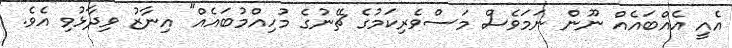
އެއީ އެއްބައެއް ނޫން ނަމަވެސް މަސްވެރިކަމުގެ ޗޭނުގެ މުހިއްމުބައެއް" އިނާޒު ވިދާޅުވި އެވެ.